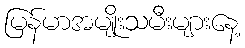
မြန်မာအမျိုးသမီးများနေ့